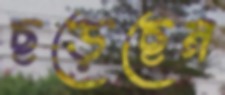
ছড়েছেন